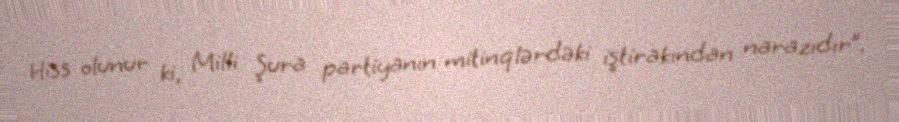
Hiss olunur ki, Milli Şura partiyanın mitinqlərdəki iştirakından narazıdır”.